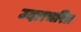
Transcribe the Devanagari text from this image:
उदारचरित